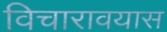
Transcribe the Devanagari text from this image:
विचारावयास